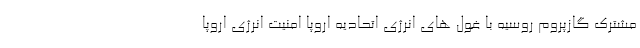
مشترک گازپروم روسیه با غول های انرژی اتحادیه اروپا امنیت انرژی اروپا